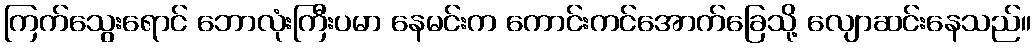
ကြက်သွေးရောင် ဘောလုံးကြီးပမာ နေမင်းက ကောင်းကင်အောက်ခြေသို့ လျောဆင်းနေသည်။